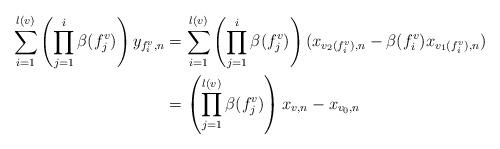
LaTeX: \begin{align*} \sum_{i = 1}^{l(v)}\left(\prod_{j = 1}^i\beta(f_j^v)\right)y_{f^v_i, n} &= \sum_{i = 1}^{l(v)}\left(\prod_{j = 1}^i\beta(f_j^v)\right)(x_{v_2(f_i^v), n} - \beta(f_i^v) x_{v_1(f_i^v), n})\\ &= \left(\prod_{j = 1}^{l(v)}\beta(f_j^v)\right)x_{v, n} - x_{v_0, n}\end{align*}